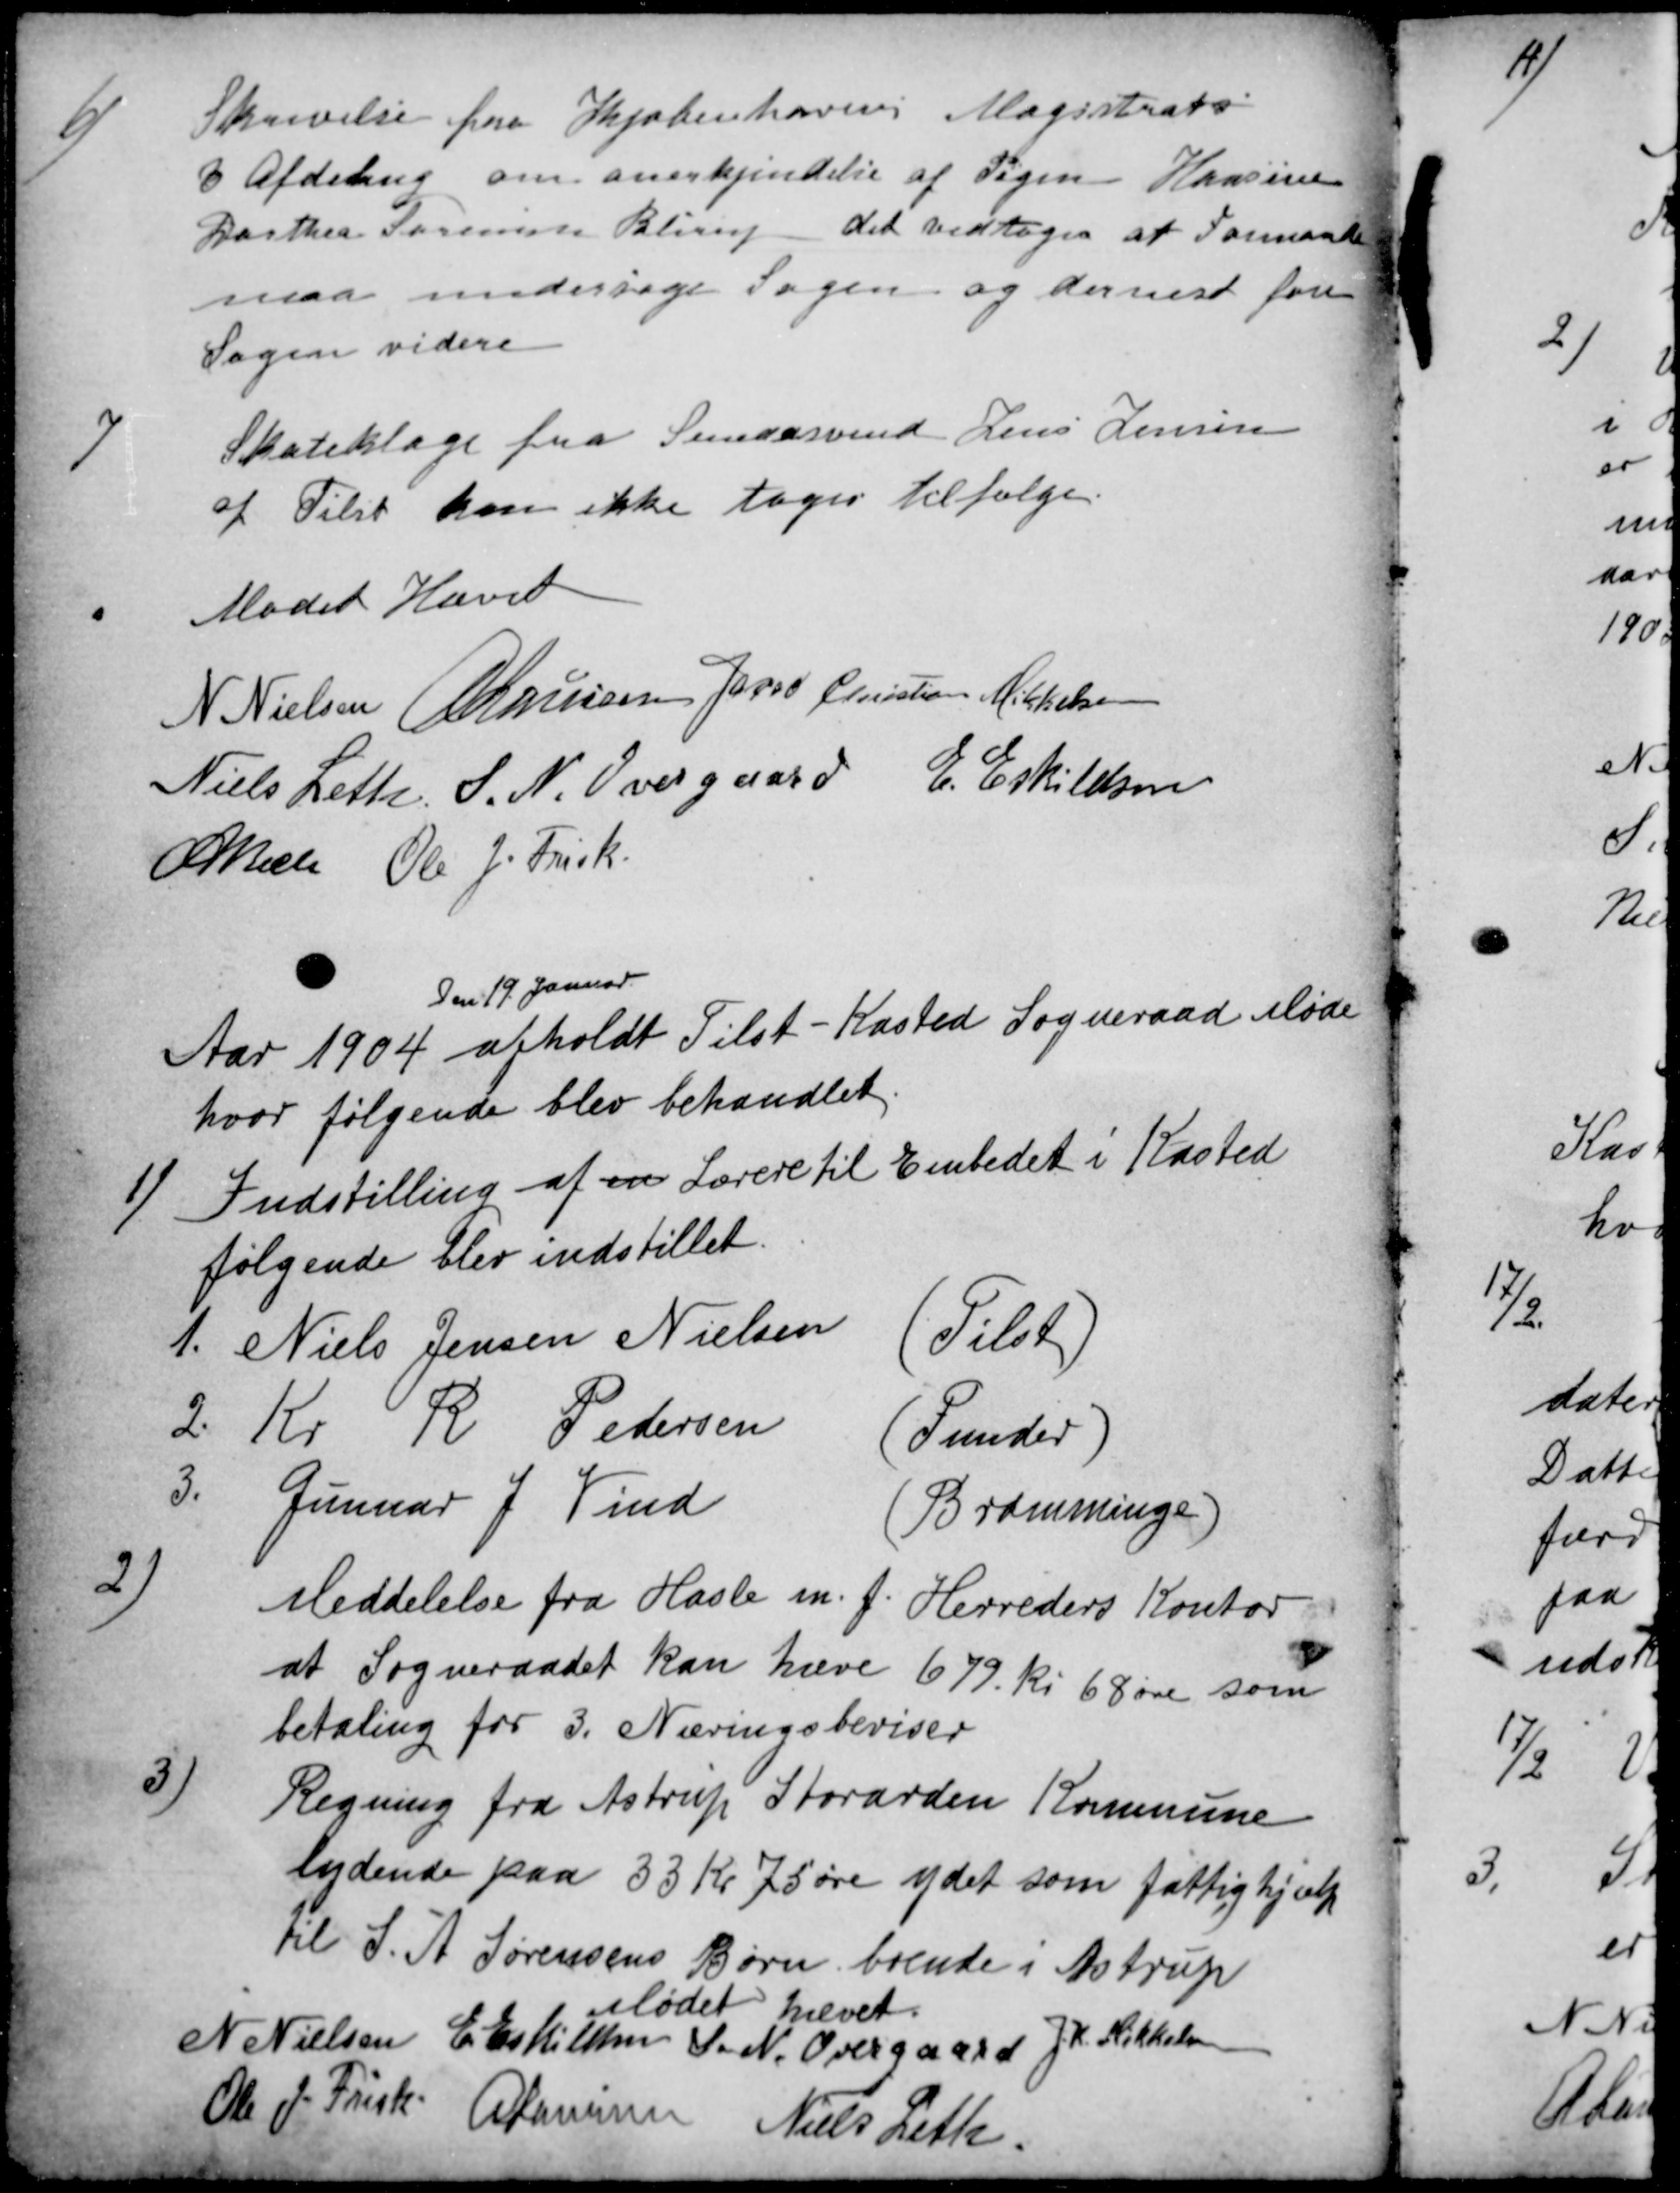
Transskription:
6)
Skrivelse fra Kjøbenhavns Magistrats
3 Afdeling om anerkjendelse af Pigen Hansine
Dorthea Tormine Blirup det vedtoges at Formanden
maa undersøge Sagen og dernest føre
Sagen videre
7
Skateklage fra Smedesvend Jens Jensen
af Tilst kan ikke tages tilfølge
Mødet Hævet
N Nielsen A Laursen Jacob Christian Mikkelsen
Niels Leth. S. N. Overgaard E. Eskildsen
A Bech Ole J. Frisk
Den 19 Januar
Aar 1904 afholdt Tilst-Kasted Sogneraad Møde
hvor følgende blev behandlet.
1)
Indstilling af en Lærere til Embedet i Kasted
følgende blev indstillet.
1
1. Niels Jensen Nielsen
(Tilst)
2.
Kr
R
Pedersen
(Funder)
3.
Gunnar J. Vind
(Bramminge)
2)
Meddelelse fra Hasle m.f. Herreders Kontor
at Sogneraadet kan hæve 679 kr 68 øre som
betaling for 3. Næringsbeviser
3)
Regning fra Astrup Storarden Kommune
lydende paa 33 Kr 75 øre ydet som fattighjælp
til S. A. Sørensens Børn boende i Astrup
Mødet hævet.
N Nielsen E. Eskildsen S. N. Overgaard J. K. Mikkelsen
Ole J. Frisk
ALaursen
Niels Leth